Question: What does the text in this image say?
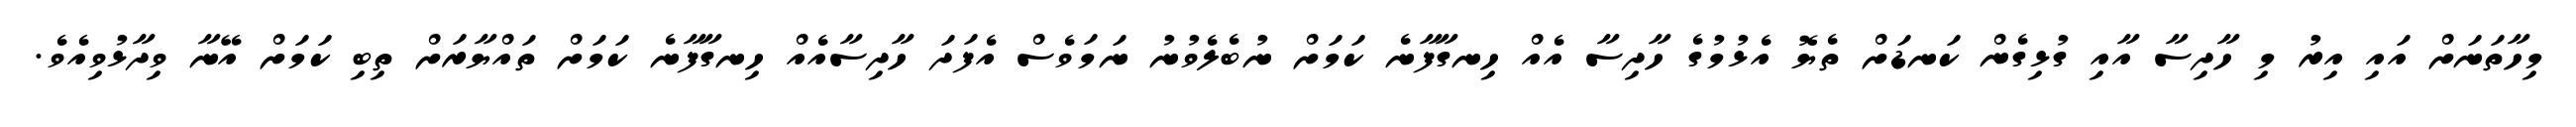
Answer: މިހާތަނަށް އައި އިރު މި ހާދިސާ އާއި ގުޅިގެން ކަނޑަށް ތެޔޮ އެޅުމުގެ ހާދިސާ އެއް ހިނގާފާނެ ކަމަށް ނުބެލެވުނު ނަމަވެސް އެފަދަ ހާދިސާއެއް ހިނގާފާނެ ކަމަށް ތައްޔާރަށް ތިބި ކަމަށް އޭނާ ވިދާޅުވިއެވެ.